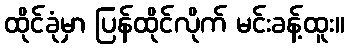
ထိုင်ခုံမှာ ပြန်ထိုင်လိုက် မင်းခန့်ထူး။